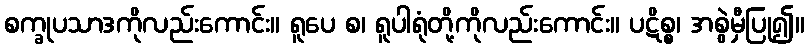
စက္ခုပသာဒကိုလည်းကောင်း။ ရူပေ စ၊ ရူပါရုံတို့ကိုလည်းကောင်း။ ပဋိစ္စ၊ အစွဲမှီပြု၍။